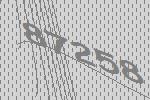
87258